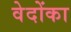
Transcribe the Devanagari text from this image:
वेदोंका